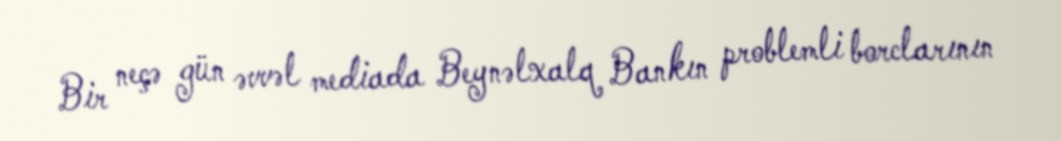
Bir neçə gün əvvəl mediada Beynəlxalq Bankın problemli borclarının